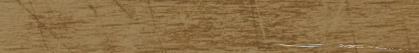
شركة تأمين على الممتلكات